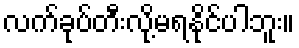
လက်ခုပ်တီးလို့မရနိုင်ပါဘူး။